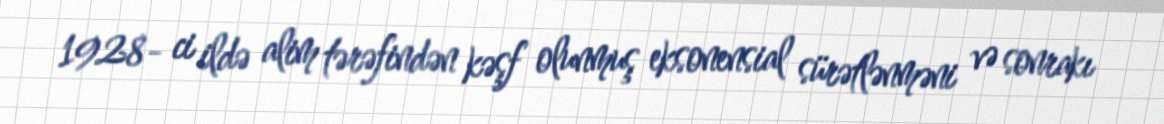
1928- ci ildə alim tərəfindən kəşf olunmuş eksonensial sürətlənməni və sonrakı